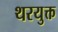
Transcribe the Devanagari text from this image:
थरयुक्त